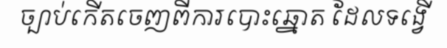
ច្បាប់កើតចេញពីការបោះឆ្នោត ដែលទង្វើ